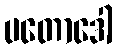
ပတောဒေါ